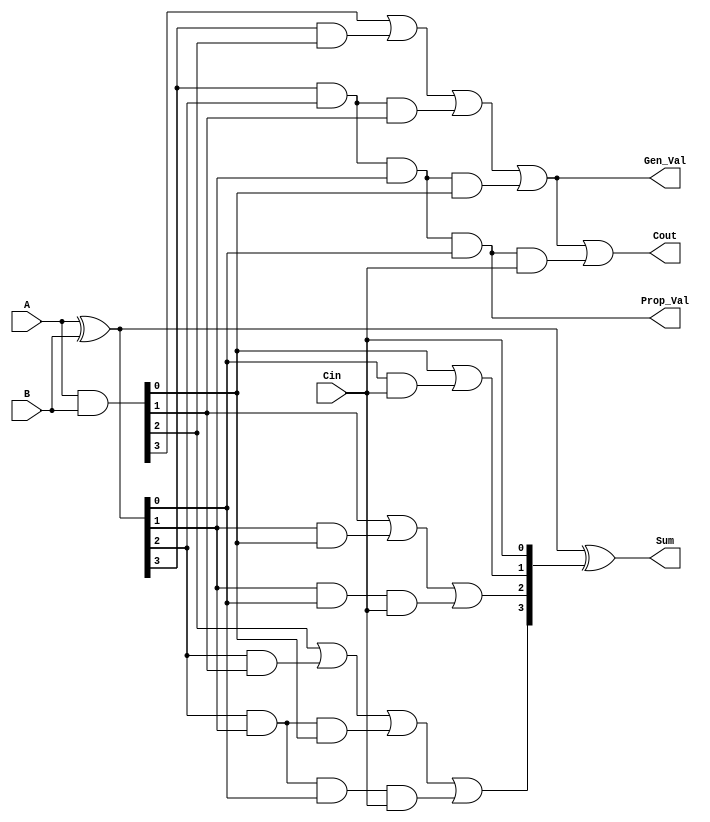
module CLA_4bit(Sum, Cout, Prop_Val, Gen_Val, A, B, Cin); 
    
input [3:0] A, B;
input Cin;
output [3:0] Sum;
output Prop_Val, Gen_Val, Cout;
    
wire [3:0] Generate, Propagate, Carry;
 
//Carry propagate and generate wire 
assign Generate = A & B;
assign Propagate = A ^ B; 
	


//CarryWire
assign Carry[0] = Cin;
assign Carry[1] = Generate[0] | (Propagate[0] & Carry[0]);
assign Carry[2] = Generate[1] | (Propagate[1] & Generate[0]) | (Propagate[1] & Propagate[0] & Carry[0]);
assign Carry[3] = Generate[2] | (Propagate[2] & Generate[1]) | (Propagate[2] & Propagate[1] & Generate[0]) | (Propagate[2] & Propagate[1] & Propagate[0] & Carry[0]);
    
//CarryOut
assign Cout = Generate[3] | (Propagate[3] & Generate[2]) | (Propagate[3] & Propagate[2] & Generate[1]) | (Propagate[3] & Propagate[2] & Propagate[1] & Generate[0]) |(Propagate[3] & Propagate[2] & Propagate[1] & Propagate[0] & Carry[0]);
    
//SumValue  
assign Sum = Propagate ^ Carry;
    
//Single propagate and generate value
assign Prop_Val = Propagate[3] & Propagate[2] & Propagate[1] & Propagate[0];
assign Gen_Val = Generate[3] | (Propagate[3] & Generate[2]) | (Propagate[3] & Propagate[2] & Generate[1]) | (Propagate[3] & Propagate[2] & Propagate[1] & Generate[0]);

endmodule